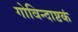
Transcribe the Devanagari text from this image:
गोविन्दाष्टकं